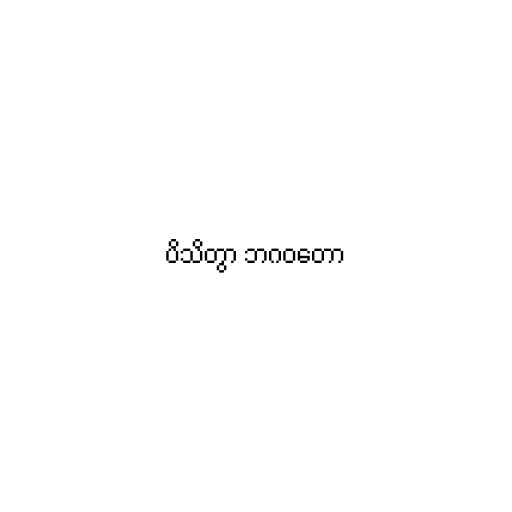
ပိသိတွာ ဘဂဝတော